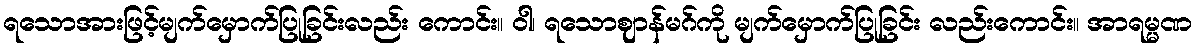
ရသောအားဖြင့်မျက်မှောက်ပြုခြင်းလည်း ကောင်း။ ဝါ၊ ရသောဈာန်မဂ်ကို မျက်မှောက်ပြုခြင်း လည်းကောင်း။ အာရမ္မဏ